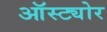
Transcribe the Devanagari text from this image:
ऑस्ट्योर